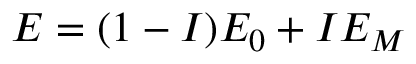
E = ( 1 - I ) E _ { 0 } + I E _ { M }